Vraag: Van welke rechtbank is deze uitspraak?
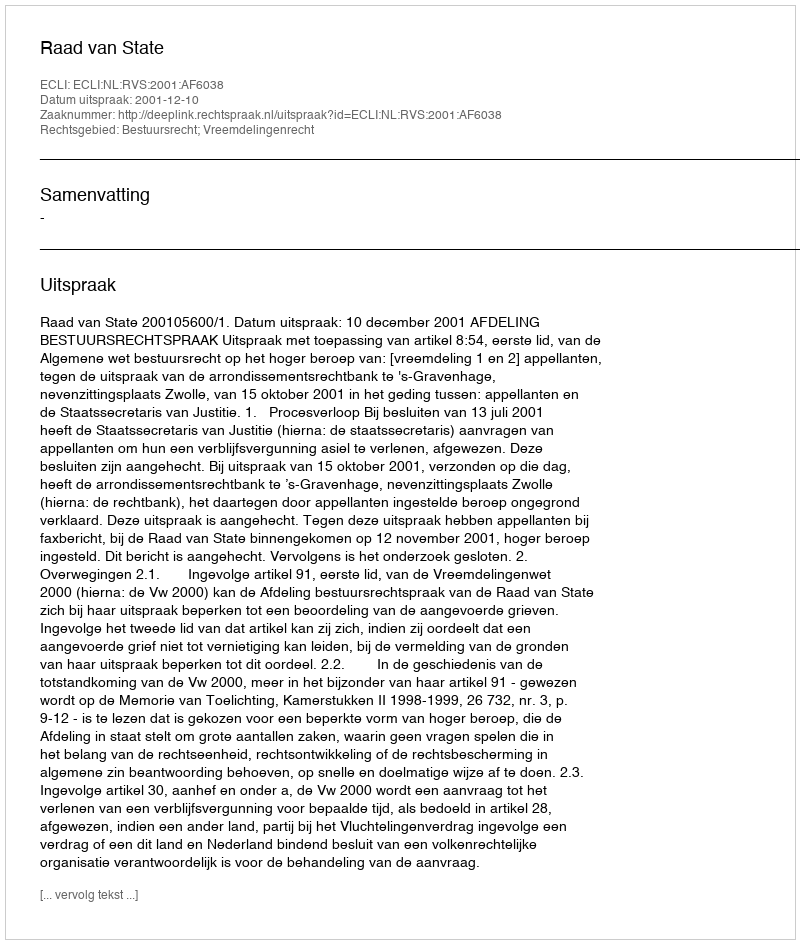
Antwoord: Raad van State